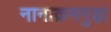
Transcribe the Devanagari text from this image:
नानाक्रमगुड़ा